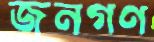
জনগণ